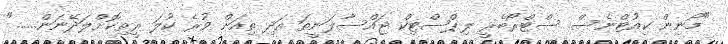
"މޯނިން ކިއުޓްނެސް. ސްޓްރޯބެރީ ލިޕްސްޓިކް ޖައްސާލަނީތަ އަދި ތިއަށް ވުރެ ކުލަ ރީތިކޮށްލަދޭނަން......"